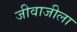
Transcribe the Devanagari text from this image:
जीवाजीला